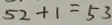
5 2 + 1 = 5 3